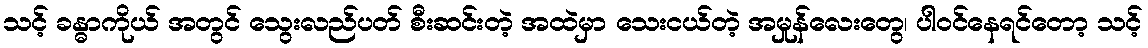
သင့် ခန္ဓာကိုယ် အတွင် သွေးလည်ပတ် စီးဆင်းတဲ့ အထဲမှာ သေးငယ်တဲ့ အမှုန်လေးတွေ၊ ပါဝင်နေရင်တော့ သင့်